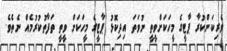
ވެރިކަންކުރާ ޕާޓީގެ މީހަކަށްވީތީ ނުވަތަ އިދިކޮޅު ޕާޓީގެ މީހަކަށް ވީތީ ތަފާތުކުރުމެއް ނެތެވެ.